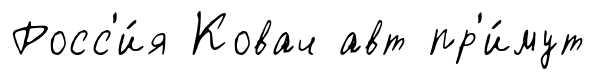
Росс'и́я Ковач авт пр'и́мут